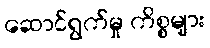
ဆောင်ရွက်မှု ကိစ္စများ